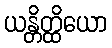
ယန္တိတ္ထိယော